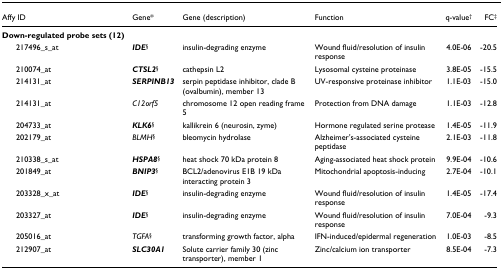
| Affy ID | Gene* | Gene (description) | Function | q-value† | FC‡ |
 | --- | --- | --- | --- | --- | --- |
 | Down-regulated probe sets (12) |  |  |  |  |  |
 | 217496_s_at | IDE§ | insulin-degrading enzyme | Wound fluid/resolution of insulin response | 4.0E-06 | -20.5 |
 | 210074_at | CTSL2§ | cathepsin L2 | Lysosomal cysteine proteinase | 3.8E-05 | -15.5 |
 | 214131_at | SERPINB13 | serpin peptidase inhibitor, clade B (ovalbumin), member 13 | UV-responsive proteinase inhibitor | 1.1E-03 | -15.0 |
 | 214131_at | C12orf5 | chromosome 12 open reading frame 5 | Protection from DNA damage | 1.1E-03 | -12.8 |
 | 204733_at | KLK6§ | kallikrein 6 (neurosin, zyme) | Hormone regulated serine protease | 1.4E-05 | -11.9 |
 | 202179_at | BLMH§ | bleomycin hydrolase | Alzheimer's-associated cysteine peptidase | 2.1E-03 | -11.8 |
 | 210338_s_at | HSPA8§ | heat shock 70 kDa protein 8 | Aging-associated heat shock protein | 9.9E-04 | -10.6 |
 | 201849_at | BNIP3§ | BCL2/adenovirus E1B 19 kDa interacting protein 3 | Mitochondrial apoptosis-inducing | 2.7E-04 | -10.1 |
 | 203328_x_at | IDE§ | insulin-degrading enzyme | Wound fluid/resolution of insulin response | 1.4E-05 | -17.4 |
 | 203327_at | IDE§ | insulin-degrading enzyme | Wound fluid/resolution of insulin response | 7.0E-04 | -9.3 |
 | 205016_at | TGFA§ | transforming growth factor, alpha | IFN-induced/epidermal regeneration | 1.0E-03 | -8.5 |
 | 212907_at | SLC30A1 | Solute carrier family 30 (zinc transporter), member 1 | Zinc/calcium ion transporter | 8.5E-04 | -7.3 |